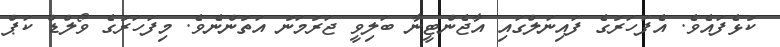
ކުޅެފައެވެ. އެފަހަރުގެ ފައިނަލްގައި އާޖެންޓީނާ ބަލިވީ ޖަރުމަނު އަތުންނެވެ. މިފަހަރުގެ ވޯލްޑް ކަޕް